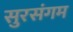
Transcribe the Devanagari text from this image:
सुरसंगम